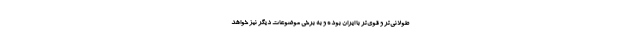
طولانی‌تر و قوی‌تر با ایران بوده و به برخی موضوعات دیگر نیز خواهد